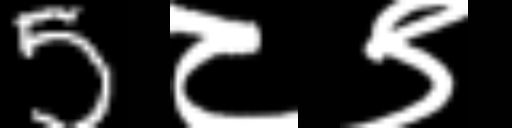
Text: 5८९